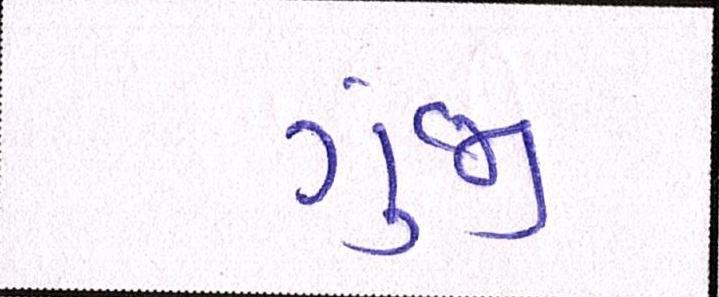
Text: ગુંજી